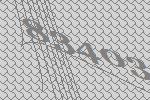
83403